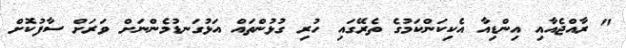
" ރާއްޖެއާއި އިންޑިއާ އެކިކަންކަމުގެ ތެރޭގައި ހުރި ގުޅުންތައް އަޅުގަނޑުމެންނަށް ވަަރަށް ސާފުކޮށް